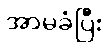
အာမခံပြီး